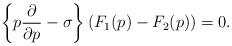
LaTeX: \begin{align*}\left\{p\frac{\partial}{\partial p}-\sigma\right\}\left(F_1(p)-F_2(p)\right)=0.\end{align*}